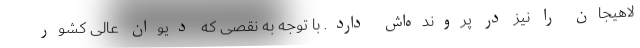
لاهیجان را نیز در پرونده‌اش دارد. با توجه به نقصی که دیوان عالی کشور